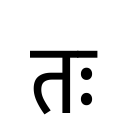
OCR:
तः